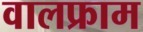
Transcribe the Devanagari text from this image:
वालफ्राम